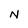
Character: N